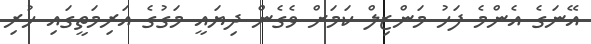
އޭނަގެ އެންމެ ފަހު މަންޒިލް ކަމަށް ވެގެން ދިޔައީ މަގުގެ އަރިމަތީގައި ހުރި